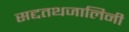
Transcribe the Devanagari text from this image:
सद्दतथजालिनी